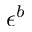
\epsilon ^ { b }